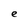
Character: e